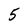
Character: 5